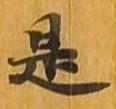
是